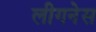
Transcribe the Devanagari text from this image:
लीगनेस